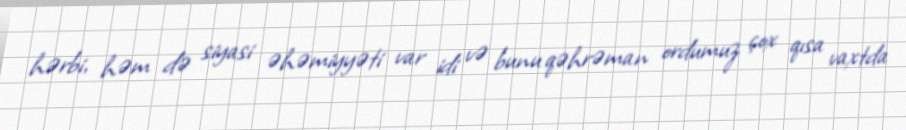
hərbi, həm də siyasi əhəmiyyəti var idi və bunu qəhrəman ordumuz çox qısa vaxtda